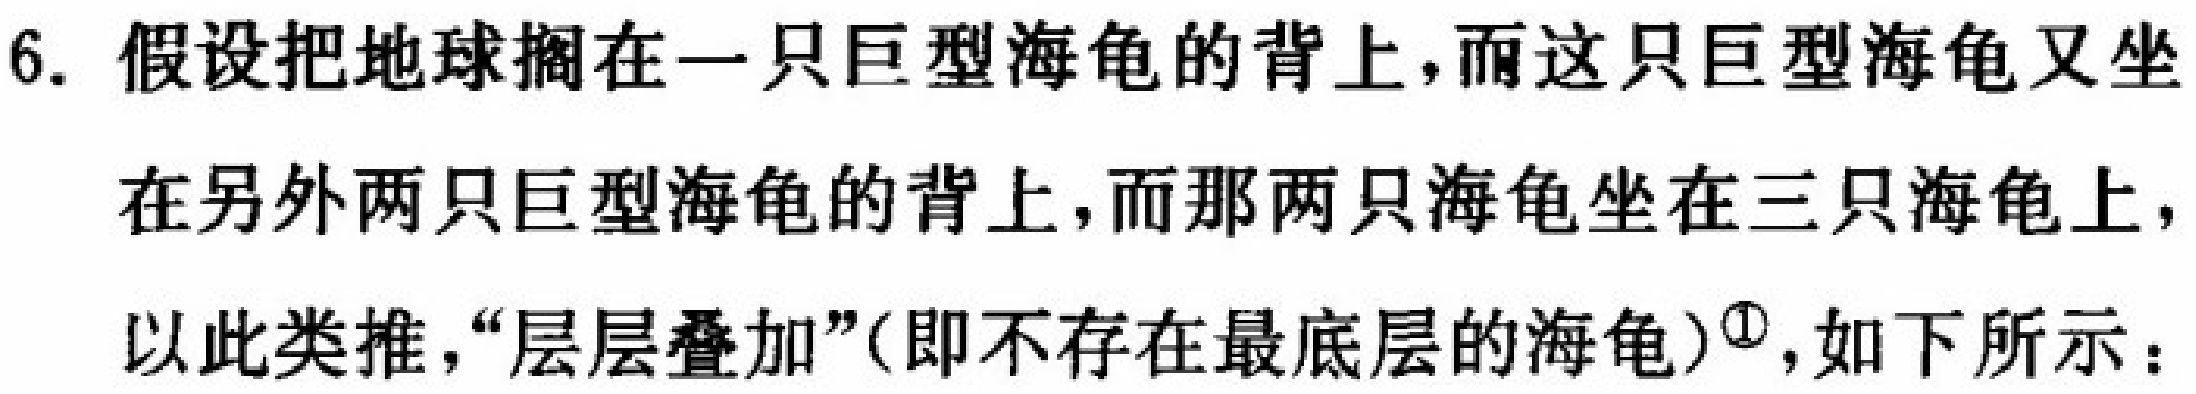
6. 假设把地球搁在一只巨型海龟的背上，而这只巨型海龟又坐在另外两只巨型海龟的背上，而那两只海龟坐在三只海龟上，以此类推，“层层叠加”(即不存在最底层的海龟)¹，如下所示：